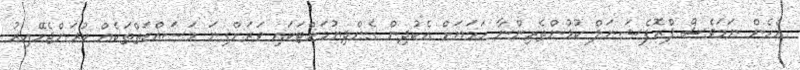
އެހެން ނަމަވެސް ޕްރޮފެޝަނަލް ކުޅުންތެރިންނާ ހަމަޔަށް އެކުދިން ގެންދިޔުމަށްޓަކައި ވަރަށްގިނަ މަސައްކަތްތަކެއް ކުރަންޖެހޭއިރު